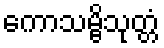
ကောသမ္ဗိသုတ္တံ